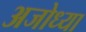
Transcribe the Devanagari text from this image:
अजोध्या